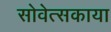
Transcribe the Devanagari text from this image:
सोवेत्सकाया